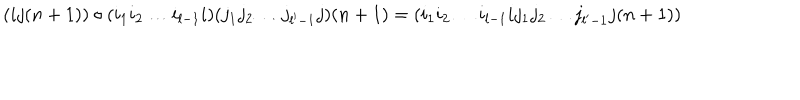
( i j ( n + 1 ) ) \circ ( i _ { 1 } i _ { 2 } \ldots i _ { l - 1 } i ) ( j _ { 1 } j _ { 2 } \ldots j _ { l ^ { \prime } - 1 } j ) ( n + 1 ) = ( i _ { 1 } i _ { 2 } \ldots i _ { l - 1 } i j _ { 1 } j _ { 2 } \ldots j _ { l ^ { \prime } - 1 } j ( n + 1 ) )